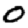
Digit: 0